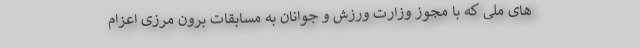
های ملی که با مجوز وزارت ورزش و جوانان به مسابقات برون مرزی اعزام